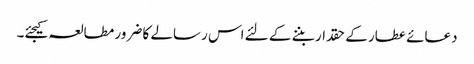
دعائے عطار کے حقدار بننے کے لئے اس رسالے کا ضرور مطالعہ کیجئے۔